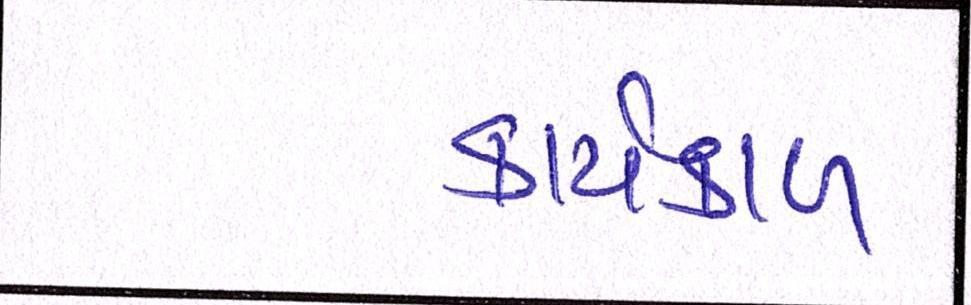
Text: કાર્યકાળ